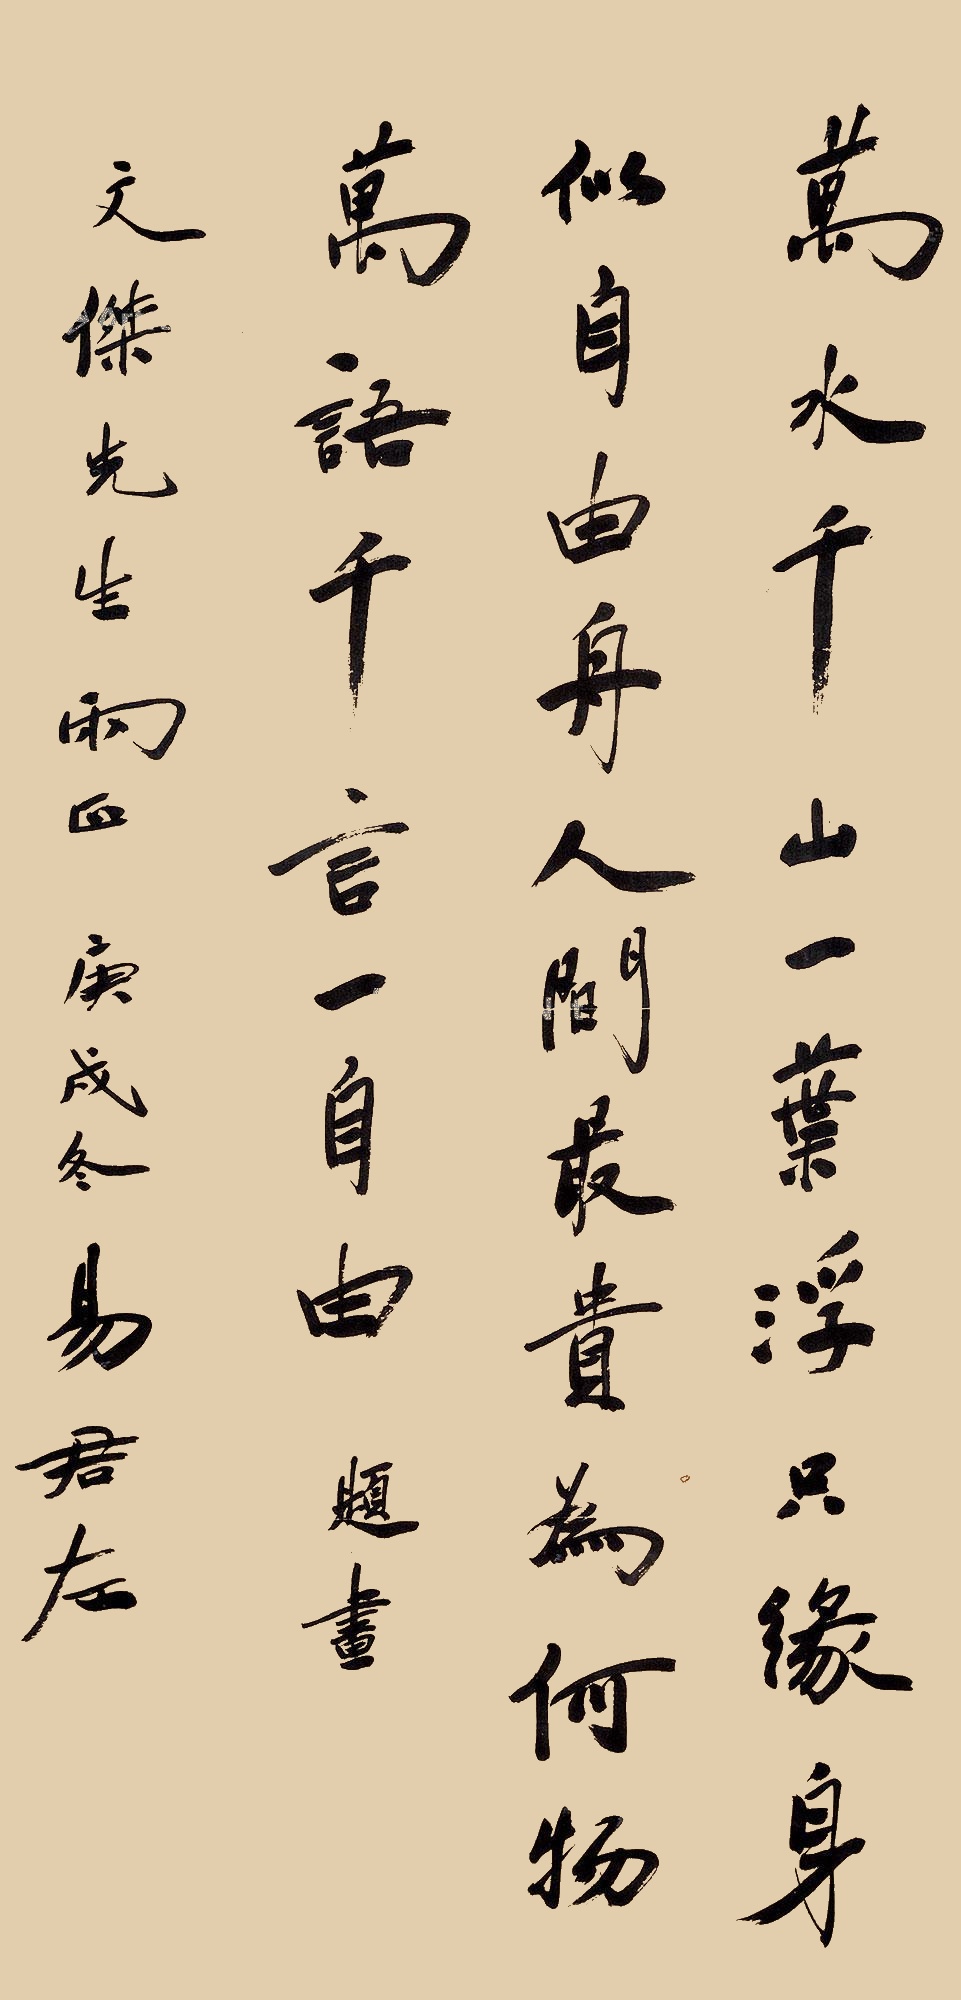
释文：万水千山一叶浮，只缘身似自由舟。人间最贵为何物，万语千言一自由。文杰先生两正，庚戌（1970年）东，易君左。